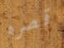
قصره